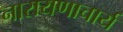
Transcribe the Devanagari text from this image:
नारायणाचार्य